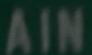
AIN